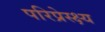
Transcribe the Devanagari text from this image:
परिप्रेस्क्ष्य